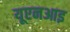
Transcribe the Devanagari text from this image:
यूएनआइ